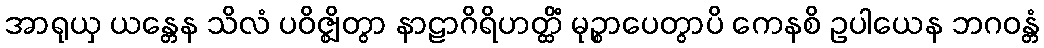
အာရုယှ ယန္တေန သိလံ ပဝိဇ္ဈိတွာ နာဠာဂိရိဟတ္ထိံ မုဉ္စာပေတွာပိ ကေနစိ ဥပါယေန ဘဂဝန္တံ